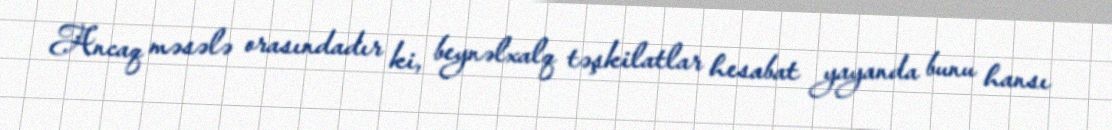
Ancaq məsələ orasındadır ki, beynəlxalq təşkilatlar hesabat yayanda bunu hansı